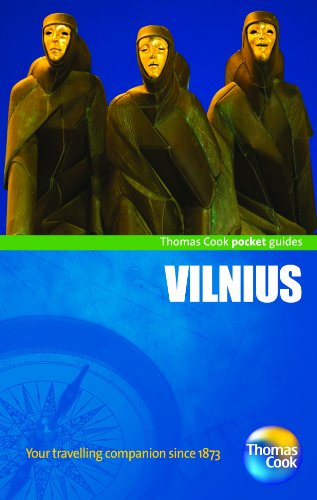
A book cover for Vilnius Pocket Guide, 3rd (Thomas Cook Pocket Guides); Thomas Cook Publishing; Travel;